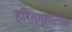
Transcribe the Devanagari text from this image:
हरितगृहातील